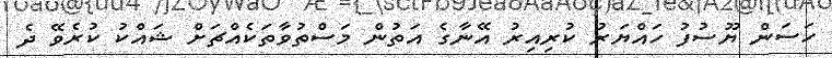
ހަސަން ޔޫސުފު ހައްޔަރު ކުރިއިރު އޭނާގެ އަތުން މަސްތުވާތަކެއްޗަށް ޝައްކު ކުރެވޭ ދެ